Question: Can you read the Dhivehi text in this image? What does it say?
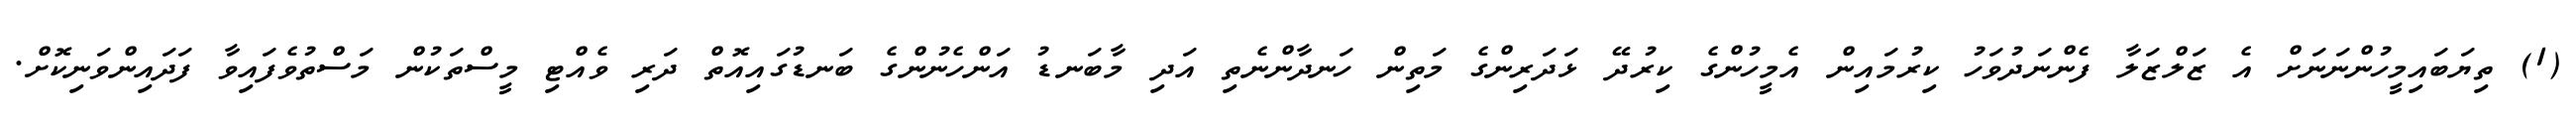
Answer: (1) ތިޔަބައިމީހުންނަނަށް އެ ޒަލްޒަލާ ފެންނަދުވަހު ކިރުމައިން އެމީހުންގެ ކިރުދޭ ޅަދަރިންގެ މަތިން ހަނދާންނެތި އަދި މާބަނޑު އަންހެނުންގެ ބަނޑުގައިއޮތް ދަރި ވެއްޓި މީސްތަކުން މަސްތުވެފައިވާ ފަދައިންވަނިކޮށް.